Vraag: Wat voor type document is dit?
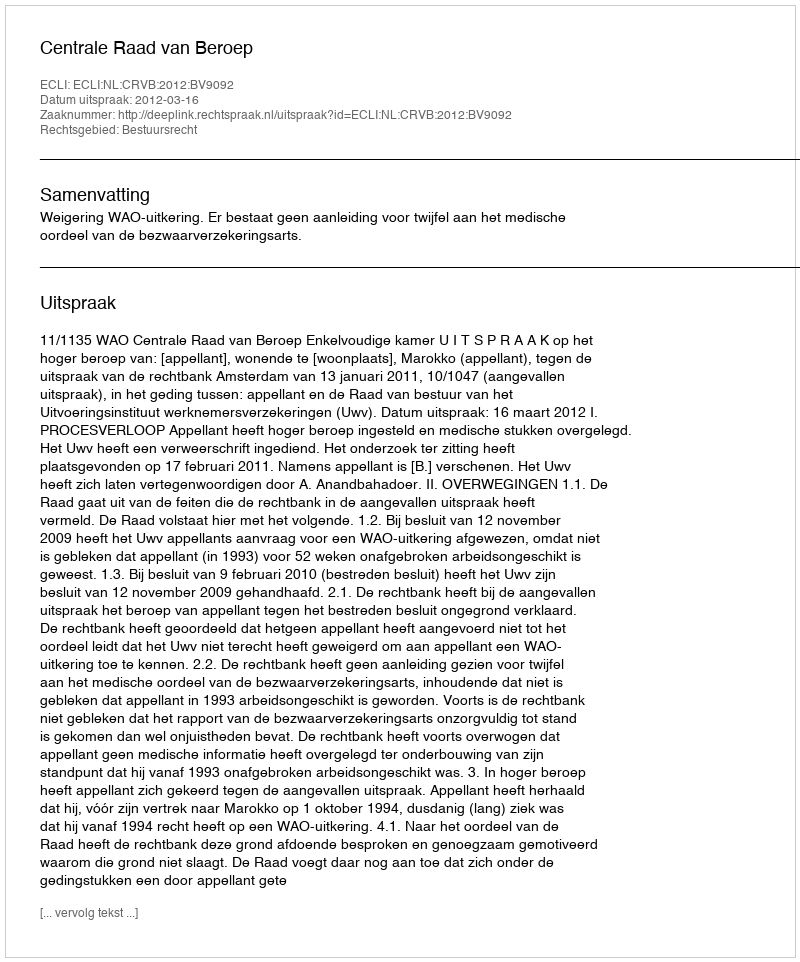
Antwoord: Uitspraak